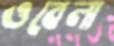
ওবেলা